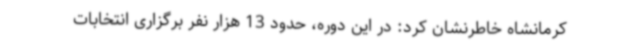
کرمانشاه خاطرنشان کرد: در این دوره، حدود 13 هزار نفر برگزاری انتخابات